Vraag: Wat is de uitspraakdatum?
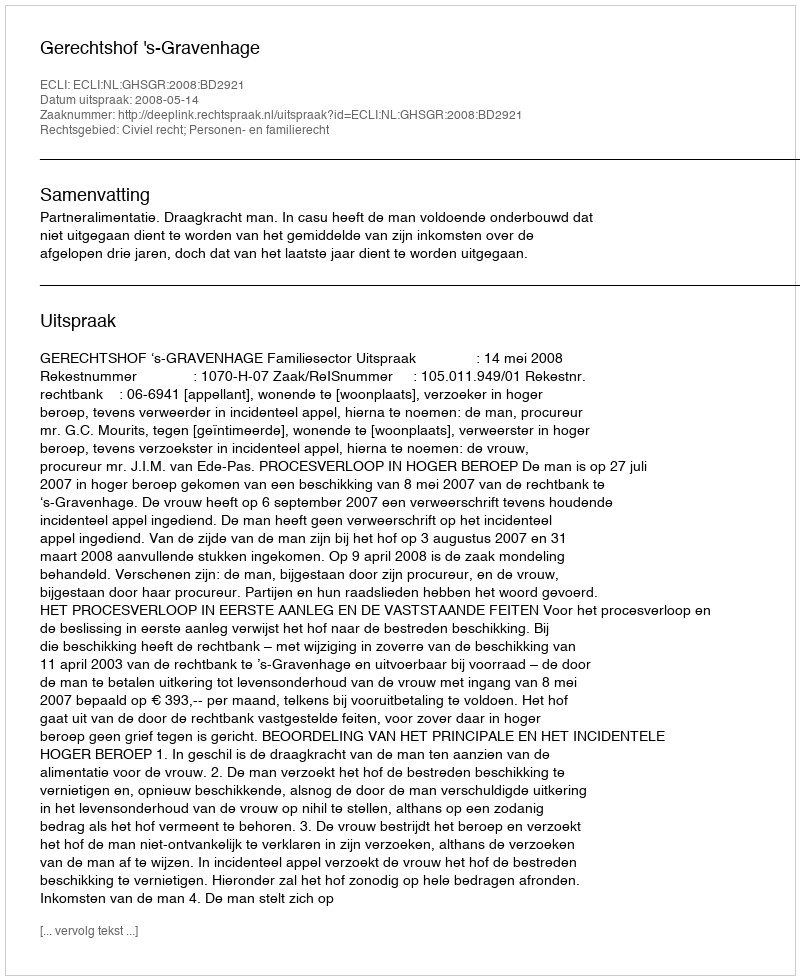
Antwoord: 2008-05-14